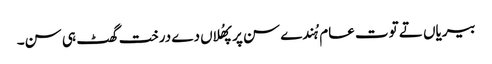
بیریاں تے توت عام ہُندے سن پر پھُلاں دے درخت گھٹ ہی سن۔